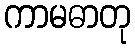
ကာမဓာတု